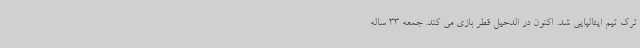
ترک تیم ایتالیایی شد. اکنون در الدحیل قطر بازی می کند. جمعه 33 ساله